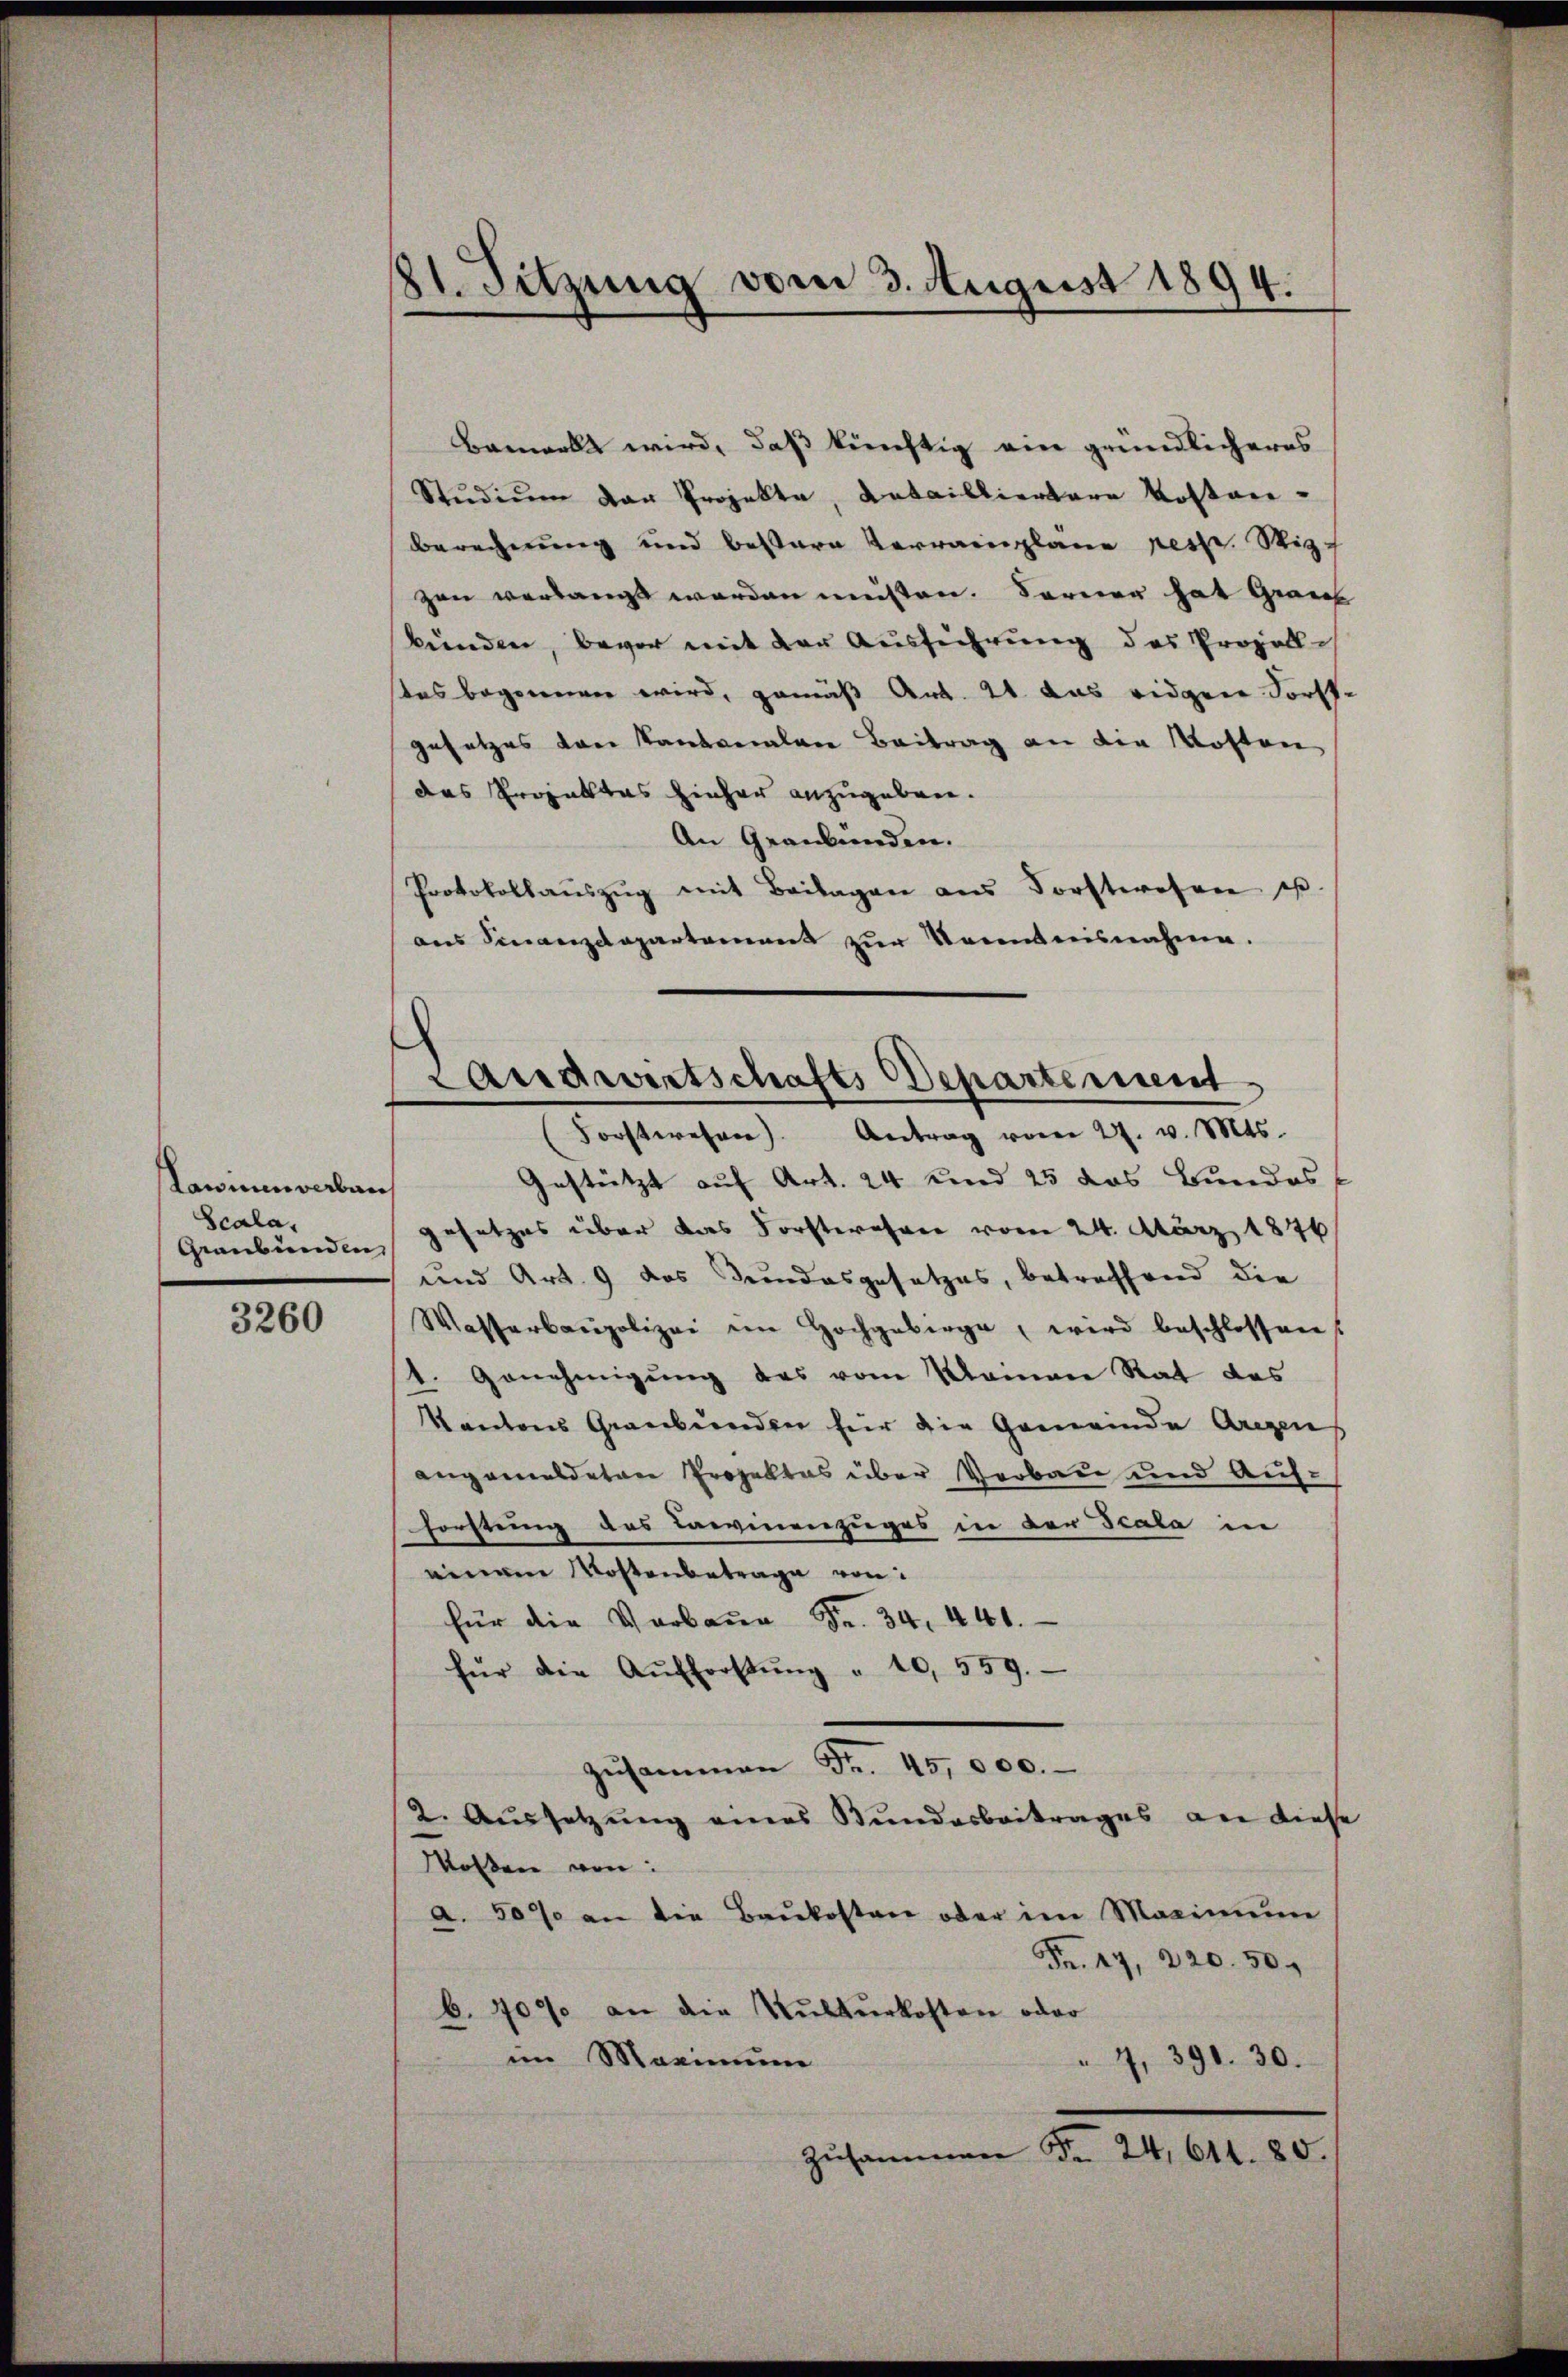
Lannenverban
Scala,
Graubünden

3260

81. Sitzung vom 3. August 1894.

Bemerkt wird, daß künftig ein gründlicheres
Studium der Projekte, Detailliertare Kostan¬
Berechnung und bessere Verrainplane pess. Wi
zen verlangt worden müßten. Ferner hat Graub
bünden, bevor mit der Ausführung des Prozolle
tes begonnen wird, gemäß Art. 21 das eidgen Forst-
gesetzes von Kantonalen Beitrag an die Kosten
das Projektes hieher anzugeben.
An Graubünden.
Protokollaŭszŭg mit Beilagen ans Forsteresen u.
aus Finanzdepartement zur Kenntnisnahme.

Landwirtschafts Departement
Forstwesen. Antrag vom 27. v. Mts.

Gestützt auf Art. 24 und 25 das Bundes
gesetzes über das Forstwesen vom 24. März 1876
und Art. 9 das Bundesgesetzes, betreffend die
Wasserbaupolizei im Hochgebirge, wird beschlossen
1. Genehmigung des vom Momene Rat das
Kantons Graubünden für die Gemeinde Aregen
angemeldeten Projektes über Verbau und Auf¬
Forstung des Larvinenzuges in der Scala in
einem Kostenbetrage von
für die Vorbaŭ Fr. 34. 440.
für die Aŭsforstŭng " 10, 559.
zusammen Fr. 45,000.
2. Aussetzung eines Bundesbeitrages an diese
Molsen von
a. 50% an die Baukosten oder im Maximeine
Fr. 17, 220. 50.
6. 709 an die Kulturkosten oder
im Marinium
 4, 390. 30.
Zusammen Fr. 24, 614. 80.